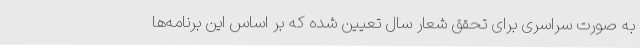
به صورت سراسری برای تحقق شعار سال تعیین شده که بر اساس این برنامه‌ها